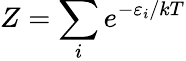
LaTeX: Z=\sum_{i}e^{-\varepsilon_{i}/kT}